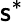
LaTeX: \mathsf{s}^{*}